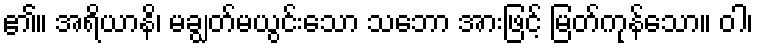
၏။ အရိယာနိ၊ မချွတ်မယွင်းသော သဘော အားဖြင့် မြတ်ကုန်သော။ ဝါ၊